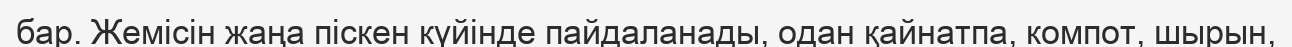
бар. Жемісін жаңа піскен күйінде пайдаланады, одан қайнатпа, компот, шырын,